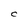
Character: C